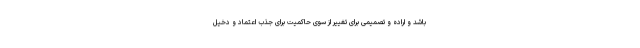
باشد و اراده و تصمیمی برای تغییر از سوی حاکمیت برای جذب اعتماد و دخیل